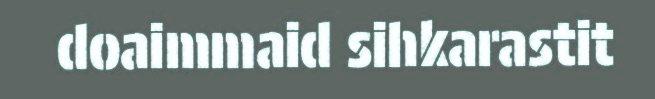
doaimmaid sihkarastit